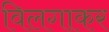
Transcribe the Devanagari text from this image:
विलगाकर